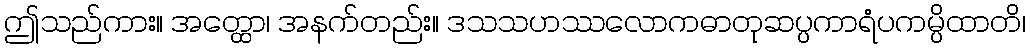
ဤသည်ကား။ အတ္ထော၊ အနက်တည်း။ ဒသသဟဿလောကဓာတုဆပ္ပကာရံပကမ္ပိထာတိ၊